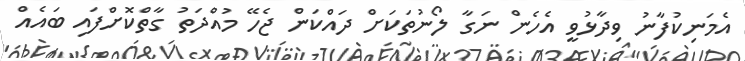
އެމަނިކުފާނު ވިދާޅުވީ އެހެން ނަގާ ލޯނުތަކަށް ދައްކަން ޖެހޭ މުއްދަތު ގާތްކޮށްފައި ބައެއް